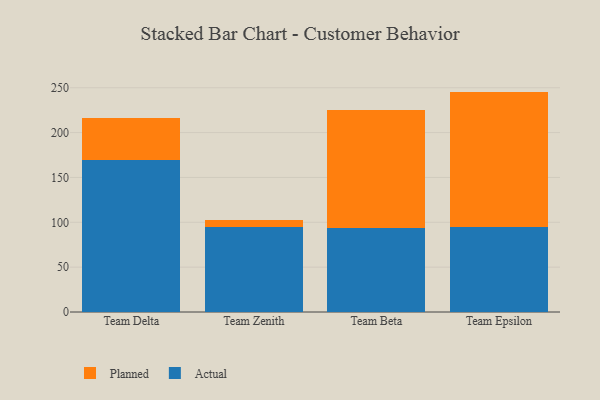
{"axis": {"x": "Team", "y": "Net Income (USD K)"}, "legend": ["Actual", "Planned"], "data": [{"x": "Team Delta", "y": 169.1, "type": "Actual"}, {"x": "Team Delta", "y": 46.8, "type": "Planned"}, {"x": "Team Zenith", "y": 95.2, "type": "Actual"}, {"x": "Team Zenith", "y": 7.7, "type": "Planned"}, {"x": "Team Beta", "y": 93.7, "type": "Actual"}, {"x": "Team Beta", "y": 131.5, "type": "Planned"}, {"x": "Team Epsilon", "y": 95.1, "type": "Actual"}, {"x": "Team Epsilon", "y": 150.6, "type": "Planned"}]}